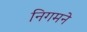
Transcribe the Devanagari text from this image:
निगमने